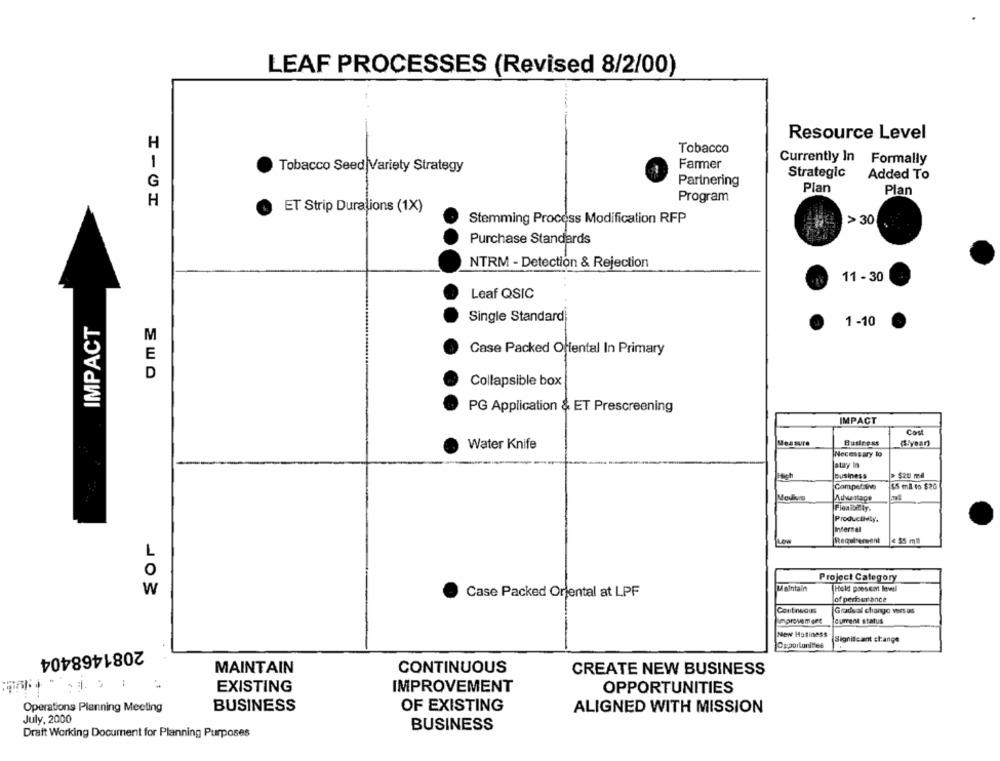
LEAF PROCESSES (Revised 8/2/00)
Resource Level
H
Tobacco
Currently In Formally
1
Farmer
Tobacco Seed Variety Strategy
Strategic Added To
G
Partnering
Plan
Plan
Program
H
ET Strip Durations (1X)
Stemming Process Modification RFP
> 30
Purchase Standards
NTRM - Detection & Rejection
11 - 30
Leaf QSIC
IMPACT
Single Standard
1 -10
M
Case Packed Oriental In Primary
E
D
Collapsible box
PG Application & ET Prescreening
IMPACT
Cost
Business
Water Knife
Measure
Necessary lo
stay In
Business
Competsinve
$5 ml to $20
Advantage
Producthaty.
Internal
Requirement
L
0
Project Category
W
Case Packed Oriental at LPF
Maintain
Hold present level
of perfer ance
Continuous
Gradual change ves as
Current status
New Husiness
Significant change
Opportunities
2081468404
MAINTAIN
CONTINUOUS
CREATE NEW BUSINESS
1
EXISTING
IMPROVEMENT
OPPORTUNITIES
Operations Planning Meeting
BUSINESS
OF EXISTING
ALIGNED WITH MISSION
July, 2000
BUSINESS
Draft Working Document for Planning Purposes